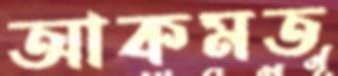
আকমত